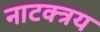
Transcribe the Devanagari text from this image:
नाटक्त्रय